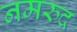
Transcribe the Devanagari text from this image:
नमरुद